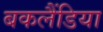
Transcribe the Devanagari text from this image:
बकलैंडिया